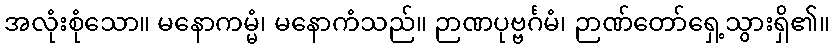
အလုံးစုံသော။ မနောကမ္မံ၊ မနောကံသည်။ ဉာဏပုဗ္ဗင်္ဂမံ၊ ဉာဏ်တော်ရှေ့သွားရှိ၏။